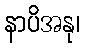
နာပိအနု၊